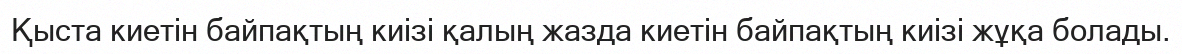
Қыста киетін байпақтың киізі қалың жазда киетін байпақтың киізі жұқа болады.